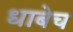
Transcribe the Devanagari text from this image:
धाबेच